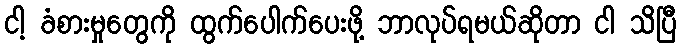
ငါ့ ခံစားမှုတွေကို ထွက်ပေါက်ပေးဖို့ ဘာလုပ်ရမယ်ဆိုတာ ငါ သိပြီ